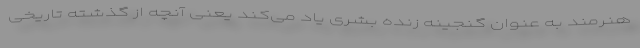
هنرمند به عنوان گنجینه زنده بشری یاد می‌کند یعنی آنچه از گذشته تاریخی